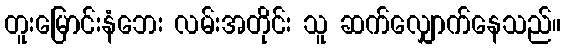
တူးမြောင်းနံဘေး လမ်းအတိုင်း သူ ဆက်လျှောက်နေသည်။